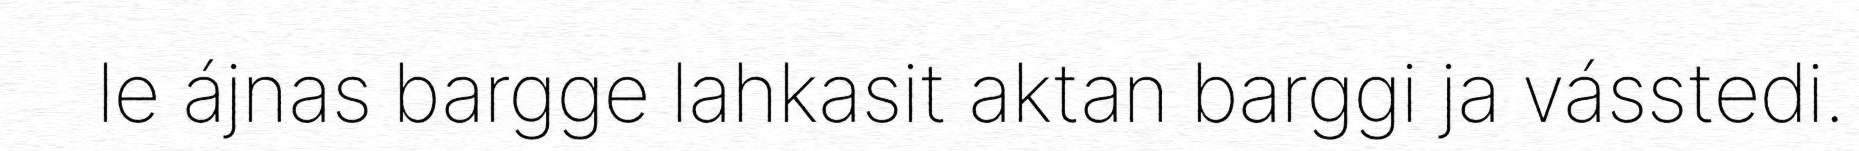
le ájnas bargge lahkasit aktan barggi ja vásstedi.